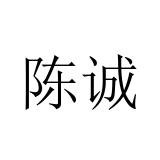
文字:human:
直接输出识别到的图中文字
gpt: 陈诚